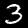
Digit: 3